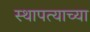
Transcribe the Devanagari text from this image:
स्थापत्याच्या